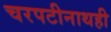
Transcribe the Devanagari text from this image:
चरपटीनाथही